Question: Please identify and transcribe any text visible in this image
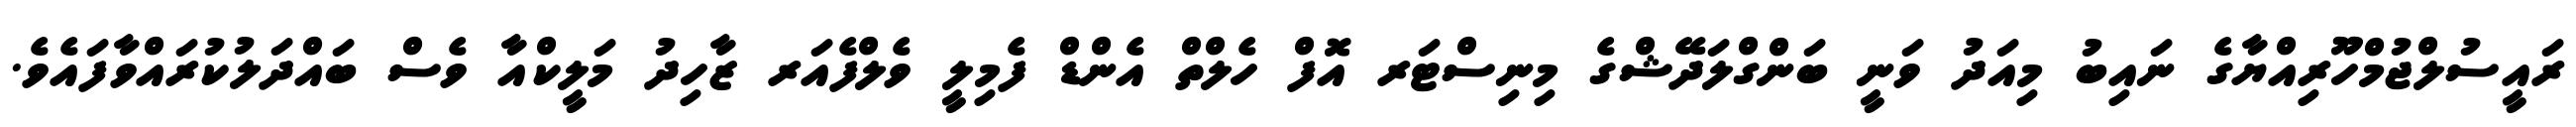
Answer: ރައީސުލްޖުމްހޫރިއްޔާގެ ނައިބު މިއަދު ވަނީ ބަންގްލަދޭޝްގެ މިނިސްޓަރ އޮފް ހެލްތް އެންޑް ފެމިލީ ވެލްފެއަރ ޒާހިދު މަލީކްއާ ވެސް ބައްދަލުކުރައްވާފައެވެ.